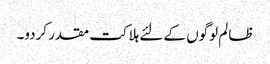
ظالم لوگوں کے لئے ہلاکت مقدر کردو۔